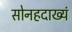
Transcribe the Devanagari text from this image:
सोनहदाख्यं